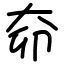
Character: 奅